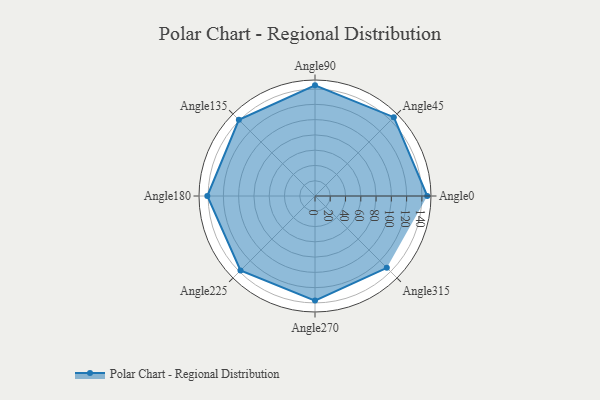
{"axis": {"x": "Angle", "y": "Radius"}, "legend": [""], "data": [{"x": "Angle0", "y": 147.0, "type": ""}, {"x": "Angle45", "y": 146.0, "type": ""}, {"x": "Angle90", "y": 145.0, "type": ""}, {"x": "Angle135", "y": 141.0, "type": ""}, {"x": "Angle180", "y": 141.0, "type": ""}, {"x": "Angle225", "y": 138.0, "type": ""}, {"x": "Angle270", "y": 137.0, "type": ""}, {"x": "Angle315", "y": 133.0, "type": ""}]}